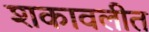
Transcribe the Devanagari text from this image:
शकावलीत